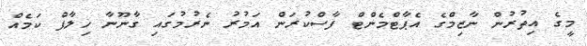
މީގެ އިތުރުން ނާޒިމްގެ އެޕާޓްމެންޓް ފާސްކުރަން އަމުރު ނެރުމުގައި ގާނޫނާ ޚިލާފް ކަމެއް